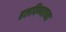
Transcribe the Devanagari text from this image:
हलविण्याच्या